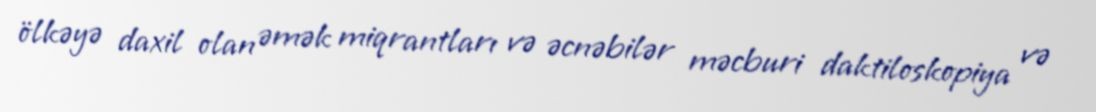
ölkəyə daxil olan əmək miqrantları və əcnəbilər məcburi daktiloskopiya və